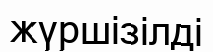
жүршізілді